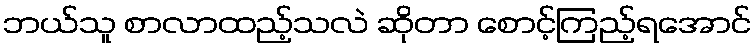
ဘယ်သူ စာလာထည့်သလဲ ဆိုတာ စောင့်ကြည့်ရအောင်